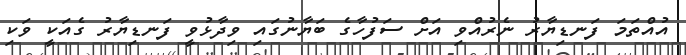
އުއްތަމަ ފަނޑިޔާރު ނެރުއްވި އަށް ސަފުހާގެ ބަޔާނުގައި ވިދާޅުވީ ފަނޑިޔާރު ގެއަކީ ވަކި